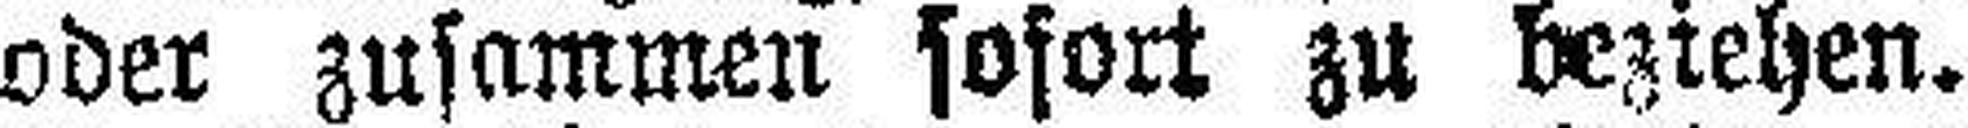
oder zusammen sofort zu beziehen.